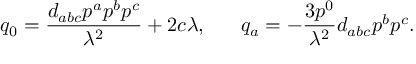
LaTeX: q _ { 0 } = { \frac { d _ { a b c } p ^ { a } p ^ { b } p ^ { c } } { \lambda ^ { 2 } } } + 2 c \lambda , \ \ \ \ \ q _ { a } = - { \frac { 3 p ^ { 0 } } { \lambda ^ { 2 } } } d _ { a b c } p ^ { b } p ^ { c } .